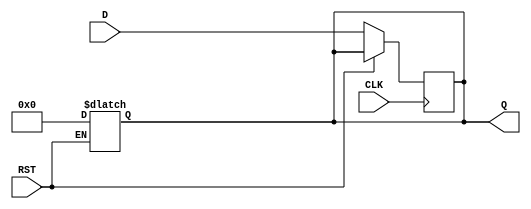
module output_register #(
    parameter WIDTH = 8  // Parameter to define the width of the register
)(
    input wire [WIDTH-1:0] D,    // Data input
    input wire CLK,               // Clock input
    input wire RST,               // Asynchronous reset input
    output reg [WIDTH-1:0] Q      // Data output
);

    // Asynchronous reset behavior
    always @(*) begin
        if (RST) begin
            Q <= {WIDTH{1'b0}};     // Clear the register to zero
        end
    end

    // Capture data on the rising edge of the clock
    always @(posedge CLK) begin
        if (!RST) begin
            Q <= D;                 // Transfer input data to output
        end
    end

endmodule